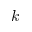
k